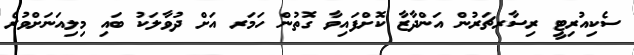
ސެކިއުރިޓީ ރިސާރޗަރުން އަންދާޒާ ކޮށްފައިވާ ގޮތުން ހަމަރ އަށް ދުވާލަކު ބައި މިލިއަނަށްވުރެ